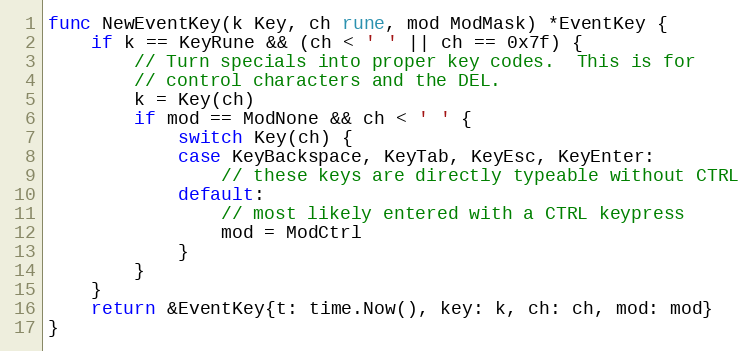
Language: Go
func NewEventKey(k Key, ch rune, mod ModMask) *EventKey {
	if k == KeyRune && (ch < ' ' || ch == 0x7f) {
		// Turn specials into proper key codes.  This is for
		// control characters and the DEL.
		k = Key(ch)
		if mod == ModNone && ch < ' ' {
			switch Key(ch) {
			case KeyBackspace, KeyTab, KeyEsc, KeyEnter:
				// these keys are directly typeable without CTRL
			default:
				// most likely entered with a CTRL keypress
				mod = ModCtrl
			}
		}
	}
	return &EventKey{t: time.Now(), key: k, ch: ch, mod: mod}
}